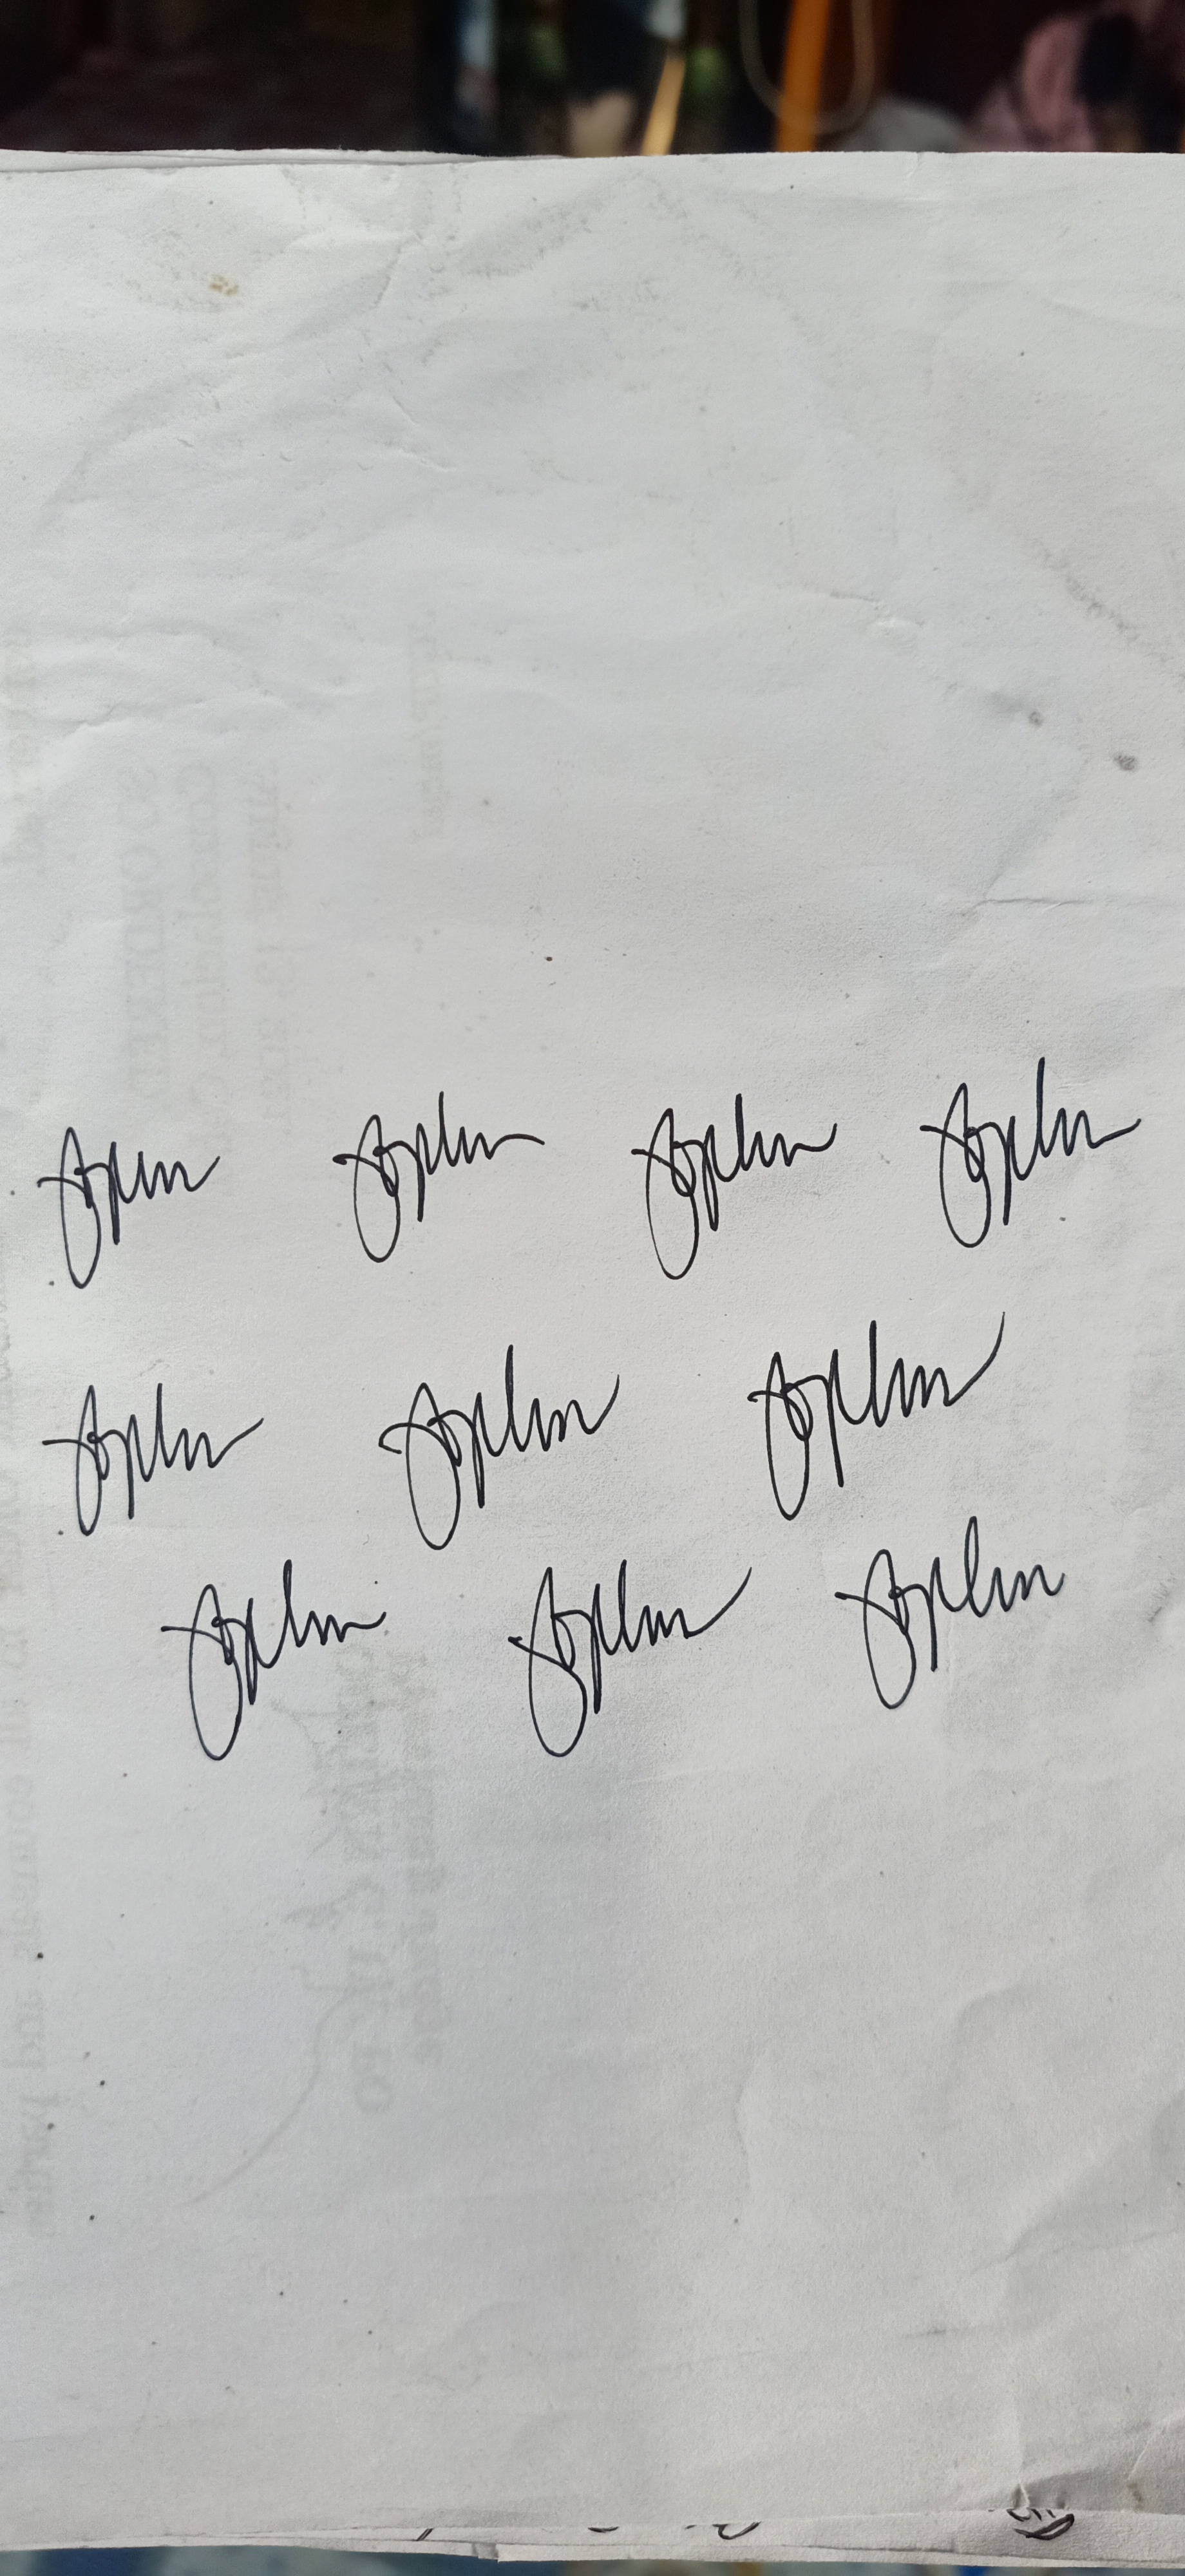
Signature authenticity: genuine